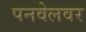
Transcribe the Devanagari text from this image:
पनवेलवर